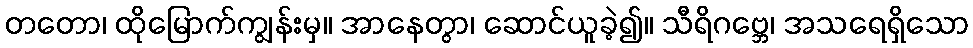
တတော၊ ထိုမြောက်ကျွန်းမှ။ အာနေတွာ၊ ဆောင်ယူခဲ့၍။ သီရိဂဗ္ဘေ၊ အသရေရှိသော